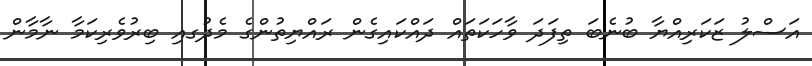
އަސްލު ޒަކަރިއްޔާ ބުނެބަ ތިފަދަ ވާހަކަތައް ދައްކައިގެން ރައްޔިތުންގެ މެދުގއި ބިރުވެރިކަމާ ނާމާން